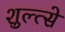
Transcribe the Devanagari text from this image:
शुल्त्से